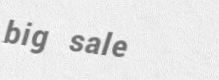
big sale